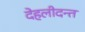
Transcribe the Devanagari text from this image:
देहलीदन्त